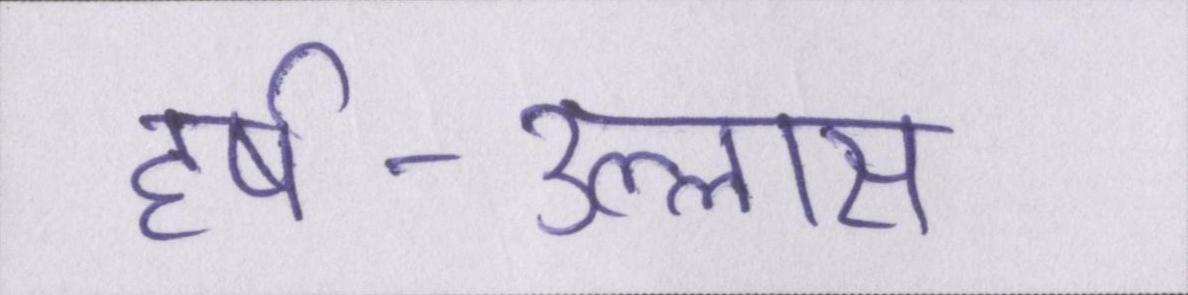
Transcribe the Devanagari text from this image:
हर्ष-उल्लास